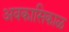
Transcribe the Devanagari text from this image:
अवकासिकाळ